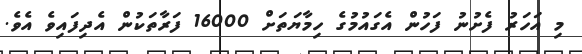
މި އަހަރު ފެށުނު ފަހުން އެގައުމުގެ ހިމާޔަތަށް 16000 ފަރާތަކުން އެދިފައިވެ އެވެ.